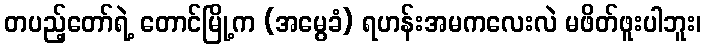
တပည့်တော်ရဲ့ တောင်မြို့က (အမွေခံ) ရဟန်းအမကလေးလဲ မဖိတ်ဖူးပါဘူး၊